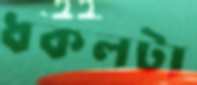
ধকলটা